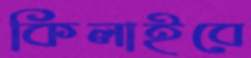
কিলাইবে